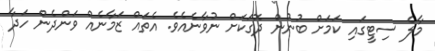
މާލެ ސިޓީގައި ކަމަށް ބުނުން ދޮގަކަށް ނުވާނެއެވެ. އެތައް ޒަމާނެއް ވަންދެން ހަދާ